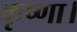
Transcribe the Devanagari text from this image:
कृष्णा।